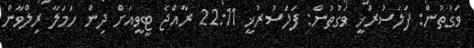
ވަގުތުން: ފަލަސުރުޚީ ވަގުތުން: ފަލަސުރުޚީ 22:11 ރާއްޖެ ޓީވީއަށް ދިން ހަމަލާ ރިލްވާން